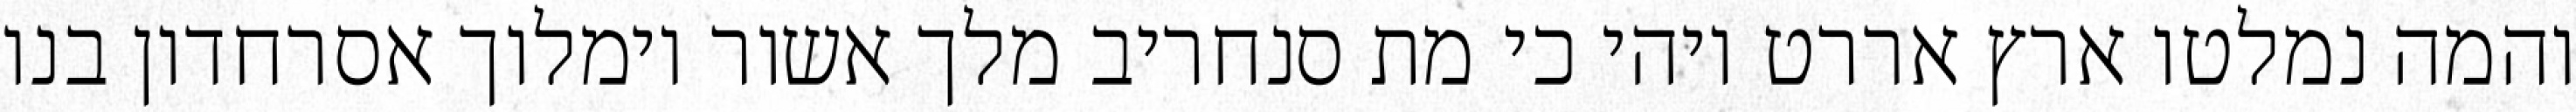
והמה נמלטו ארץ אררט ויהי כי מת סנחריב מלך אשור וימלוך אסרחדון בנו